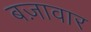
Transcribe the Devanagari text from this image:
बज़ावार